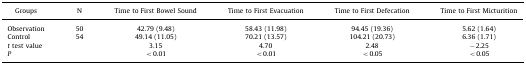
<table><thead><tr><td><b>Groups</b></td><td><b>N</b></td><td><b>Time to First Bowel Sound</b></td><td><b>Time to First Evacuation</b></td><td><b>Time to First Defecation</b></td><td><b>Time to First Micturition</b></td></tr></thead><tbody><tr><td>Observation</td><td>50</td><td>42.79 (9.48)</td><td>58.43 (11.98)</td><td>94.45 (19.36)</td><td>5.62 (1.64)</td></tr><tr><td>Control</td><td>54</td><td>49.14 (11.05)</td><td>70.21 (13.57)</td><td>104.21 (20.73)</td><td>6.36 (1.71)</td></tr><tr><td><i>t</i> test value</td><td></td><td>3.15</td><td>4.70</td><td>2.48</td><td>−2.25</td></tr><tr><td><i>P</i></td><td></td><td>&lt;0.01</td><td>&lt;0.01</td><td>&lt;0.05</td><td>&lt;0.05</td></tr></tbody></table>